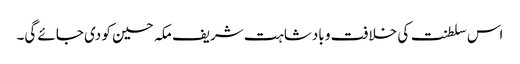
اس سلطنت کی خلافت و بادشاہت شریف مکہ حسین کو دی جائے گی۔